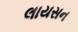
લાયસન